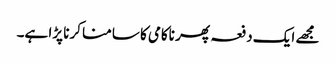
مجھے ایک دفعہ پھر ناکامی کا سامنا کرنا پڑا ہے۔